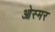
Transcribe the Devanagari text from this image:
ओस्मर